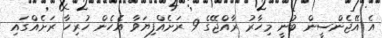
އެ އޭޖެންސީން ބުނީ މިހާރު ރާއްޖޭގެ 9 ރަށެއްފިޔަވާ އެހެން ހުރިހާ ރަށެއްގައި